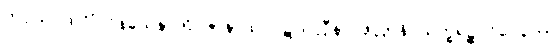
ကပ္ပိယပထဝိံ ဝိနယေနာတိ ဇာနာထ ပဋိသလ္လီနာ ဖုလ္လာနိ သက္ခရဉ္စ ဝိဝေကော